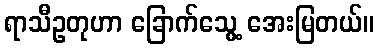
ရာသီဥတုဟာ ခြောက်သွေ့ အေးမြတယ်။